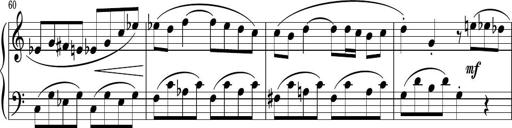
Title: Sonatina PandemÃ³nium
Composer: VÃ­ctor Carbajo
Key: C major